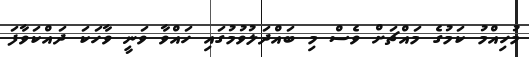
މުހިއްމު ކަމުގެ މައްޗަށް ވެސް މި ބައްދަލުވުމުގައި ހައްވާ ވަނީ ވާހަކަ ދައްކަވާފަ